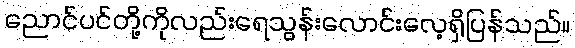
ညောင်ပင်တို့ကိုလည်းရေသွန်းလောင်းလေ့ရှိပြန်သည်။